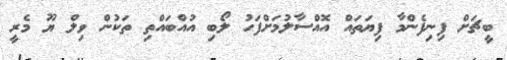
ބީޗަށް ފިނިފެންމާ ފިޔަތައް އޮއްސާލުމަށްފަހު ލޯބި އުއްބައްތި ތަކުން ވިލް ޔޫ މެރީ